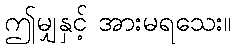
ဤမျှနှင့် အားမရသေး။